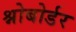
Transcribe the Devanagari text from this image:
श्नोबोर्डर